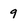
Character: 9